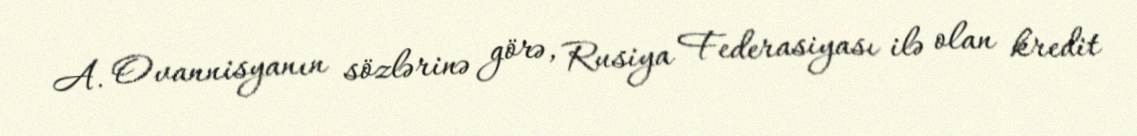
A. Ovannisyanın sözlərinə görə, Rusiya Federasiyası ilə olan kredit